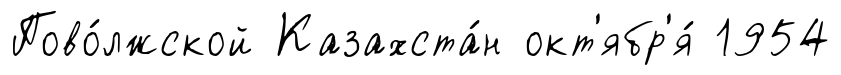
Пово́лжской Казахста́н окт'ябр'я́ 1954